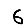
Digit: 6